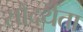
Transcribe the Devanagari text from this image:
सौंदर्यता